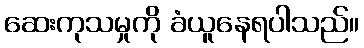
ဆေးကုသမှုကို ခံယူနေရပါသည်။